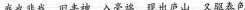
我也非我 旧丰神 入毫端 现出庐山 又驱春色